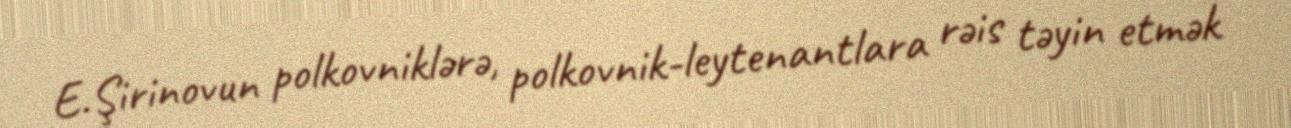
E.Şirinovun polkovniklərə, polkovnik-leytenantlara rəis təyin etmək